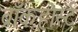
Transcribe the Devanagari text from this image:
ब्राँकहोर्स्ट